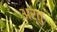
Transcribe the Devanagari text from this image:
अर्तु